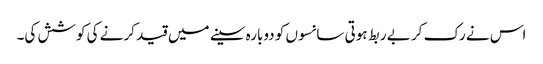
اس نے رک کر بے ربط ہوتی سانسوں کو دوبارہ سینے میں قید کرنے کی کوشش کی۔